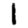
Digit: 1